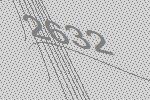
2632